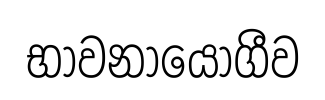
භාවනායෝගීව